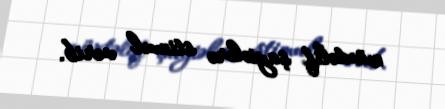
müxtəlif şayiələrə stimul verib.